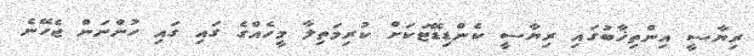
ރިޔާސީ އިންތިޚާބުގައި ރިޔާސީ ކެންޑިޑޭޓަކަށް ކުރިމަތިލާ މީހެއްގެ ގައި ގައި ހުންނަން ޖެހޭނެ